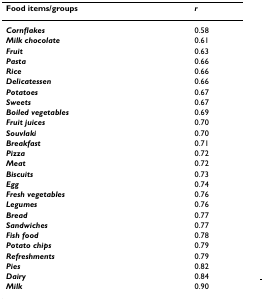
| Food items/groups | r |
 | --- | --- |
 | Cornflakes | 0.58 |
 | Milk chocolate | 0.61 |
 | Fruit | 0.63 |
 | Pasta | 0.66 |
 | Rice | 0.66 |
 | Delicatessen | 0.66 |
 | Potatoes | 0.67 |
 | Sweets | 0.67 |
 | Boiled vegetables | 0.69 |
 | Fruit juices | 0.70 |
 | Souvlaki | 0.70 |
 | Breakfast | 0.71 |
 | Pizza | 0.72 |
 | Meat | 0.72 |
 | Biscuits | 0.73 |
 | Egg | 0.74 |
 | Fresh vegetables | 0.76 |
 | Legumes | 0.76 |
 | Bread | 0.77 |
 | Sandwiches | 0.77 |
 | Fish food | 0.78 |
 | Potato chips | 0.79 |
 | Refreshments | 0.79 |
 | Pies | 0.82 |
 | Dairy | 0.84 |
 | Milk | 0.90 |